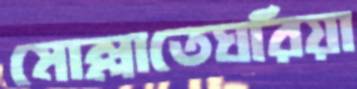
মোল্লাতেঘরিয়া